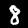
Digit: 8